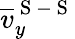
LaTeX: \overline{{v}}_{y}^{\mathrm{~S~-~S~}}